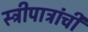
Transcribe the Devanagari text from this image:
स्त्रीपात्रांची